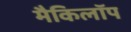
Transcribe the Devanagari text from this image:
मैकिलॉप